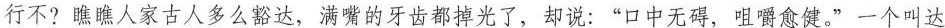
行不？瞧瞧人家古人多么豁达，满嘴的牙齿都掉光了，却说：”口中无碍，咀嚼愈健。”一个叫达